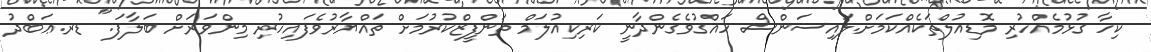
ކިހާ ގުޅުމެއްހުރި މޮޑިއުލްތަކެއްކަމަށް.ލައިސަންސް ހައްގުވެގެންދާނީ ކަރިކިއުލަމް ތަންފީޒްކުރުމަށް ތައްޔާރުވެފައިހުރި މިންވަރަށް ބަލާފަ." ޑރ.ޢަބްދު